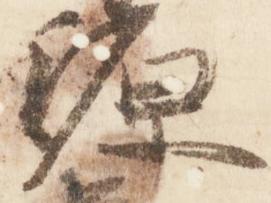
源